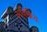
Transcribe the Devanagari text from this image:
अविक्रियः